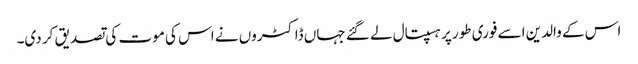
اس کے والدین اسے فوری طور پر ہسپتال لے گئے جہاں ڈاکٹروں نے اس کی موت کی تصدیق کر دی۔